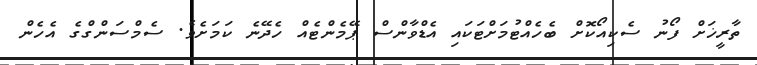
ތާރީޚަށް ފޯނު ސެކިއޯކޮށް ބެހެއްޓުމަށްޓަކައި އެޑްވާންސް ޕޭމެންޓެއް ހެދޭނެ ކަމަށެވެ. ސެމްސަންގްގެ އެހެން